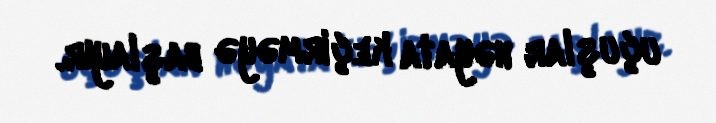
uçuşlar həyata keçirməyə başlayır.